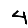
Digit: 4